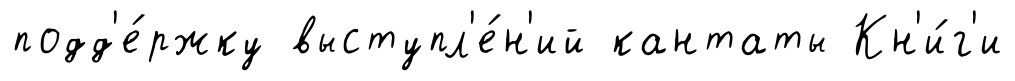
подд'е́ржку выступл'е́н'ий кантаты Кн'и́г'и